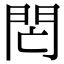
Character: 𨳑